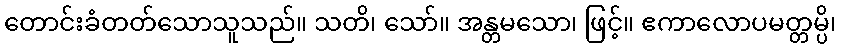
တောင်းခံတတ်သောသူသည်။ သတိ၊ သော်။ အန္တမသော၊ ဖြင့်။ ဧကာလောပမတ္တမ္ပိ၊